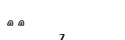
٤٢